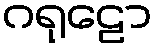
ဂရုဠော